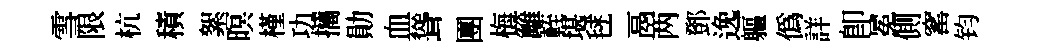
雪限杭積絮暝槿功攜勛血聳團梅籬輊堪毬鬲两鄧𨓜軀偽詳卽冕側窰钧